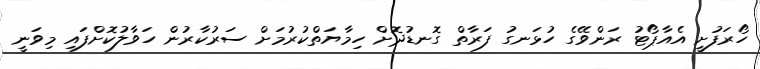
ހޯރަފުށީ އެއާޕޯޓު ރަންވޭގެ ހުޅަނގު ފަރާތް ގޮނޑުދޮށް ހިމާޔަތްކުރުމަށް ސަރުކާރުން ހަވާލުކޮށްފައި މިވަނީ